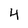
Character: 4